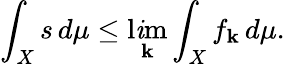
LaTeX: \int_{X}s\, d\mu\leq\operatorname*{l\mathit{i}m}_{\mathbf{k}}\int_{X}f_{\mathbf{k}}\, d\mu.